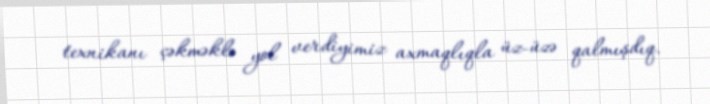
texnikanı çəkməklə yol verdiyimiz axmaqlıqla üz-üzə qalmışdıq.